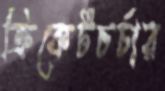
ক্রিকেটচর্চার